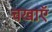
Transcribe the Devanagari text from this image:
चखाएॅ